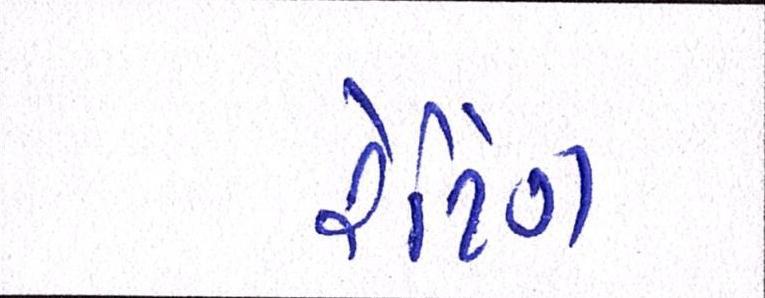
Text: રેટિંગ